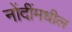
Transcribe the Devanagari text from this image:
नोंदींमधील